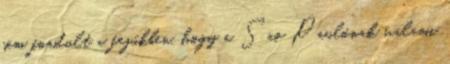
sem fordult a fejükben, hogy a Sao Paulónak valami